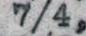
7/4,